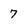
Character: 7